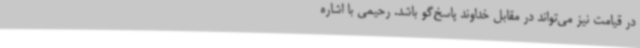
در قیامت نیز می‌تواند در مقابل خداوند پاسخ‌گو باشد. رحیمی با اشاره